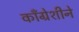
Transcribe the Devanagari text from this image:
काँग्रेशीने